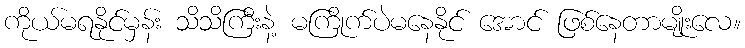
ကိုယ်မရနိုင်မှန်း သိသိကြီးနဲ့ မကြိုက်ပဲမနေနိုင် အောင် ဖြစ်နေတာမျိုးလေ။